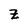
Character: Z